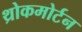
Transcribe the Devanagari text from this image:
थ्रोकमोर्टन